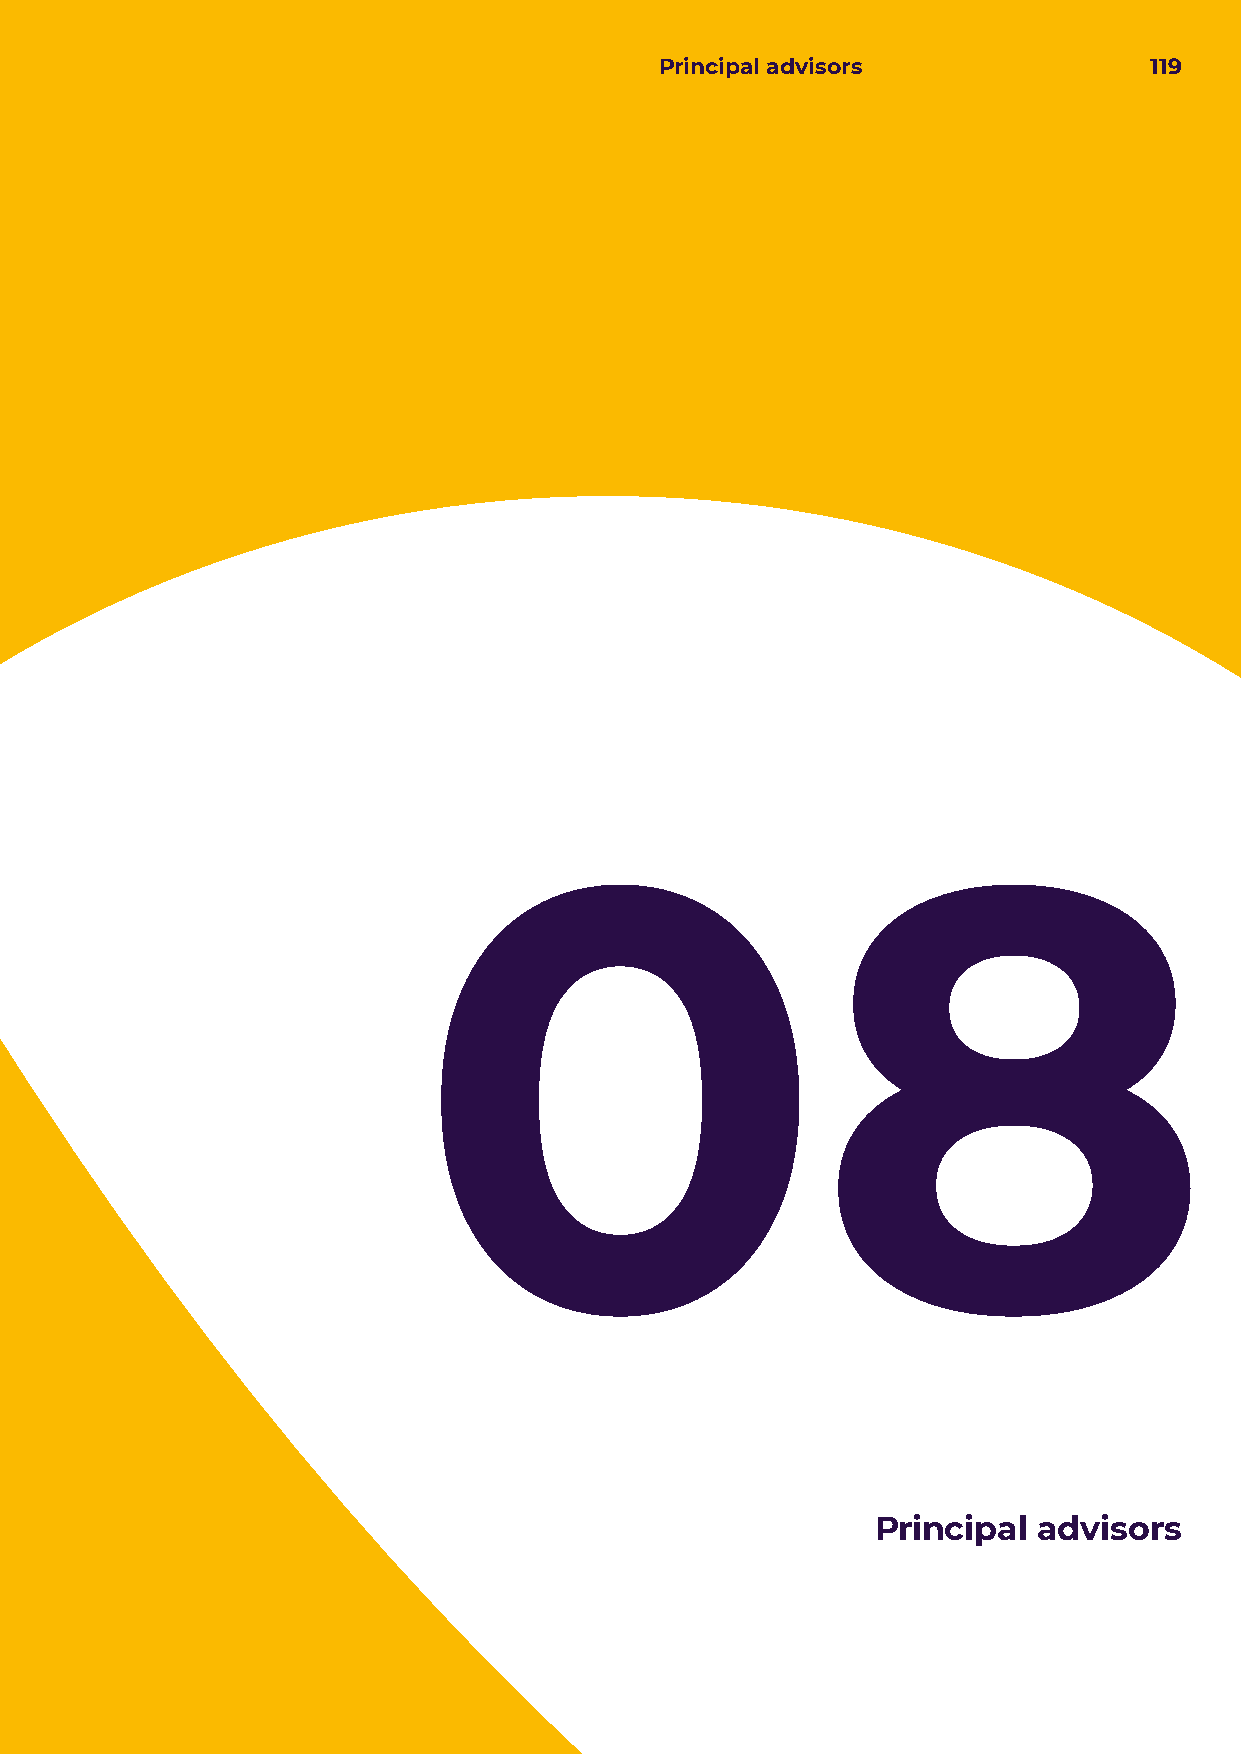
Principal advisors              119
 08
 Principal  advisors